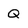
Character: Q